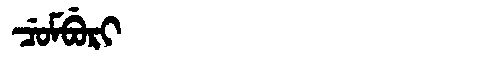
Manchu: ᠴᡠᠮᠪᡠᡵᡳ
Romanization: CUMBURI